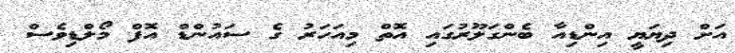
އަށް ދިޔަޔީ އިންޑިއާ ބެންގަލޫރުގައި އޮތް މިއަހަރު ގެ ސައުންޑް އޮފް މޯލްޑިވެސް